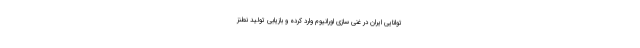
توانایی ایران در غنی سازی اورانیوم وارد کرده و بازیابی تولید نطنز